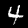
Digit: 4